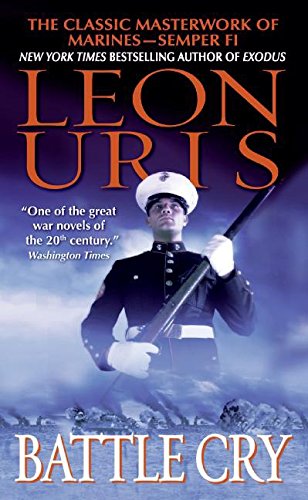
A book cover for Battle Cry; Leon Uris; Literature & Fiction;